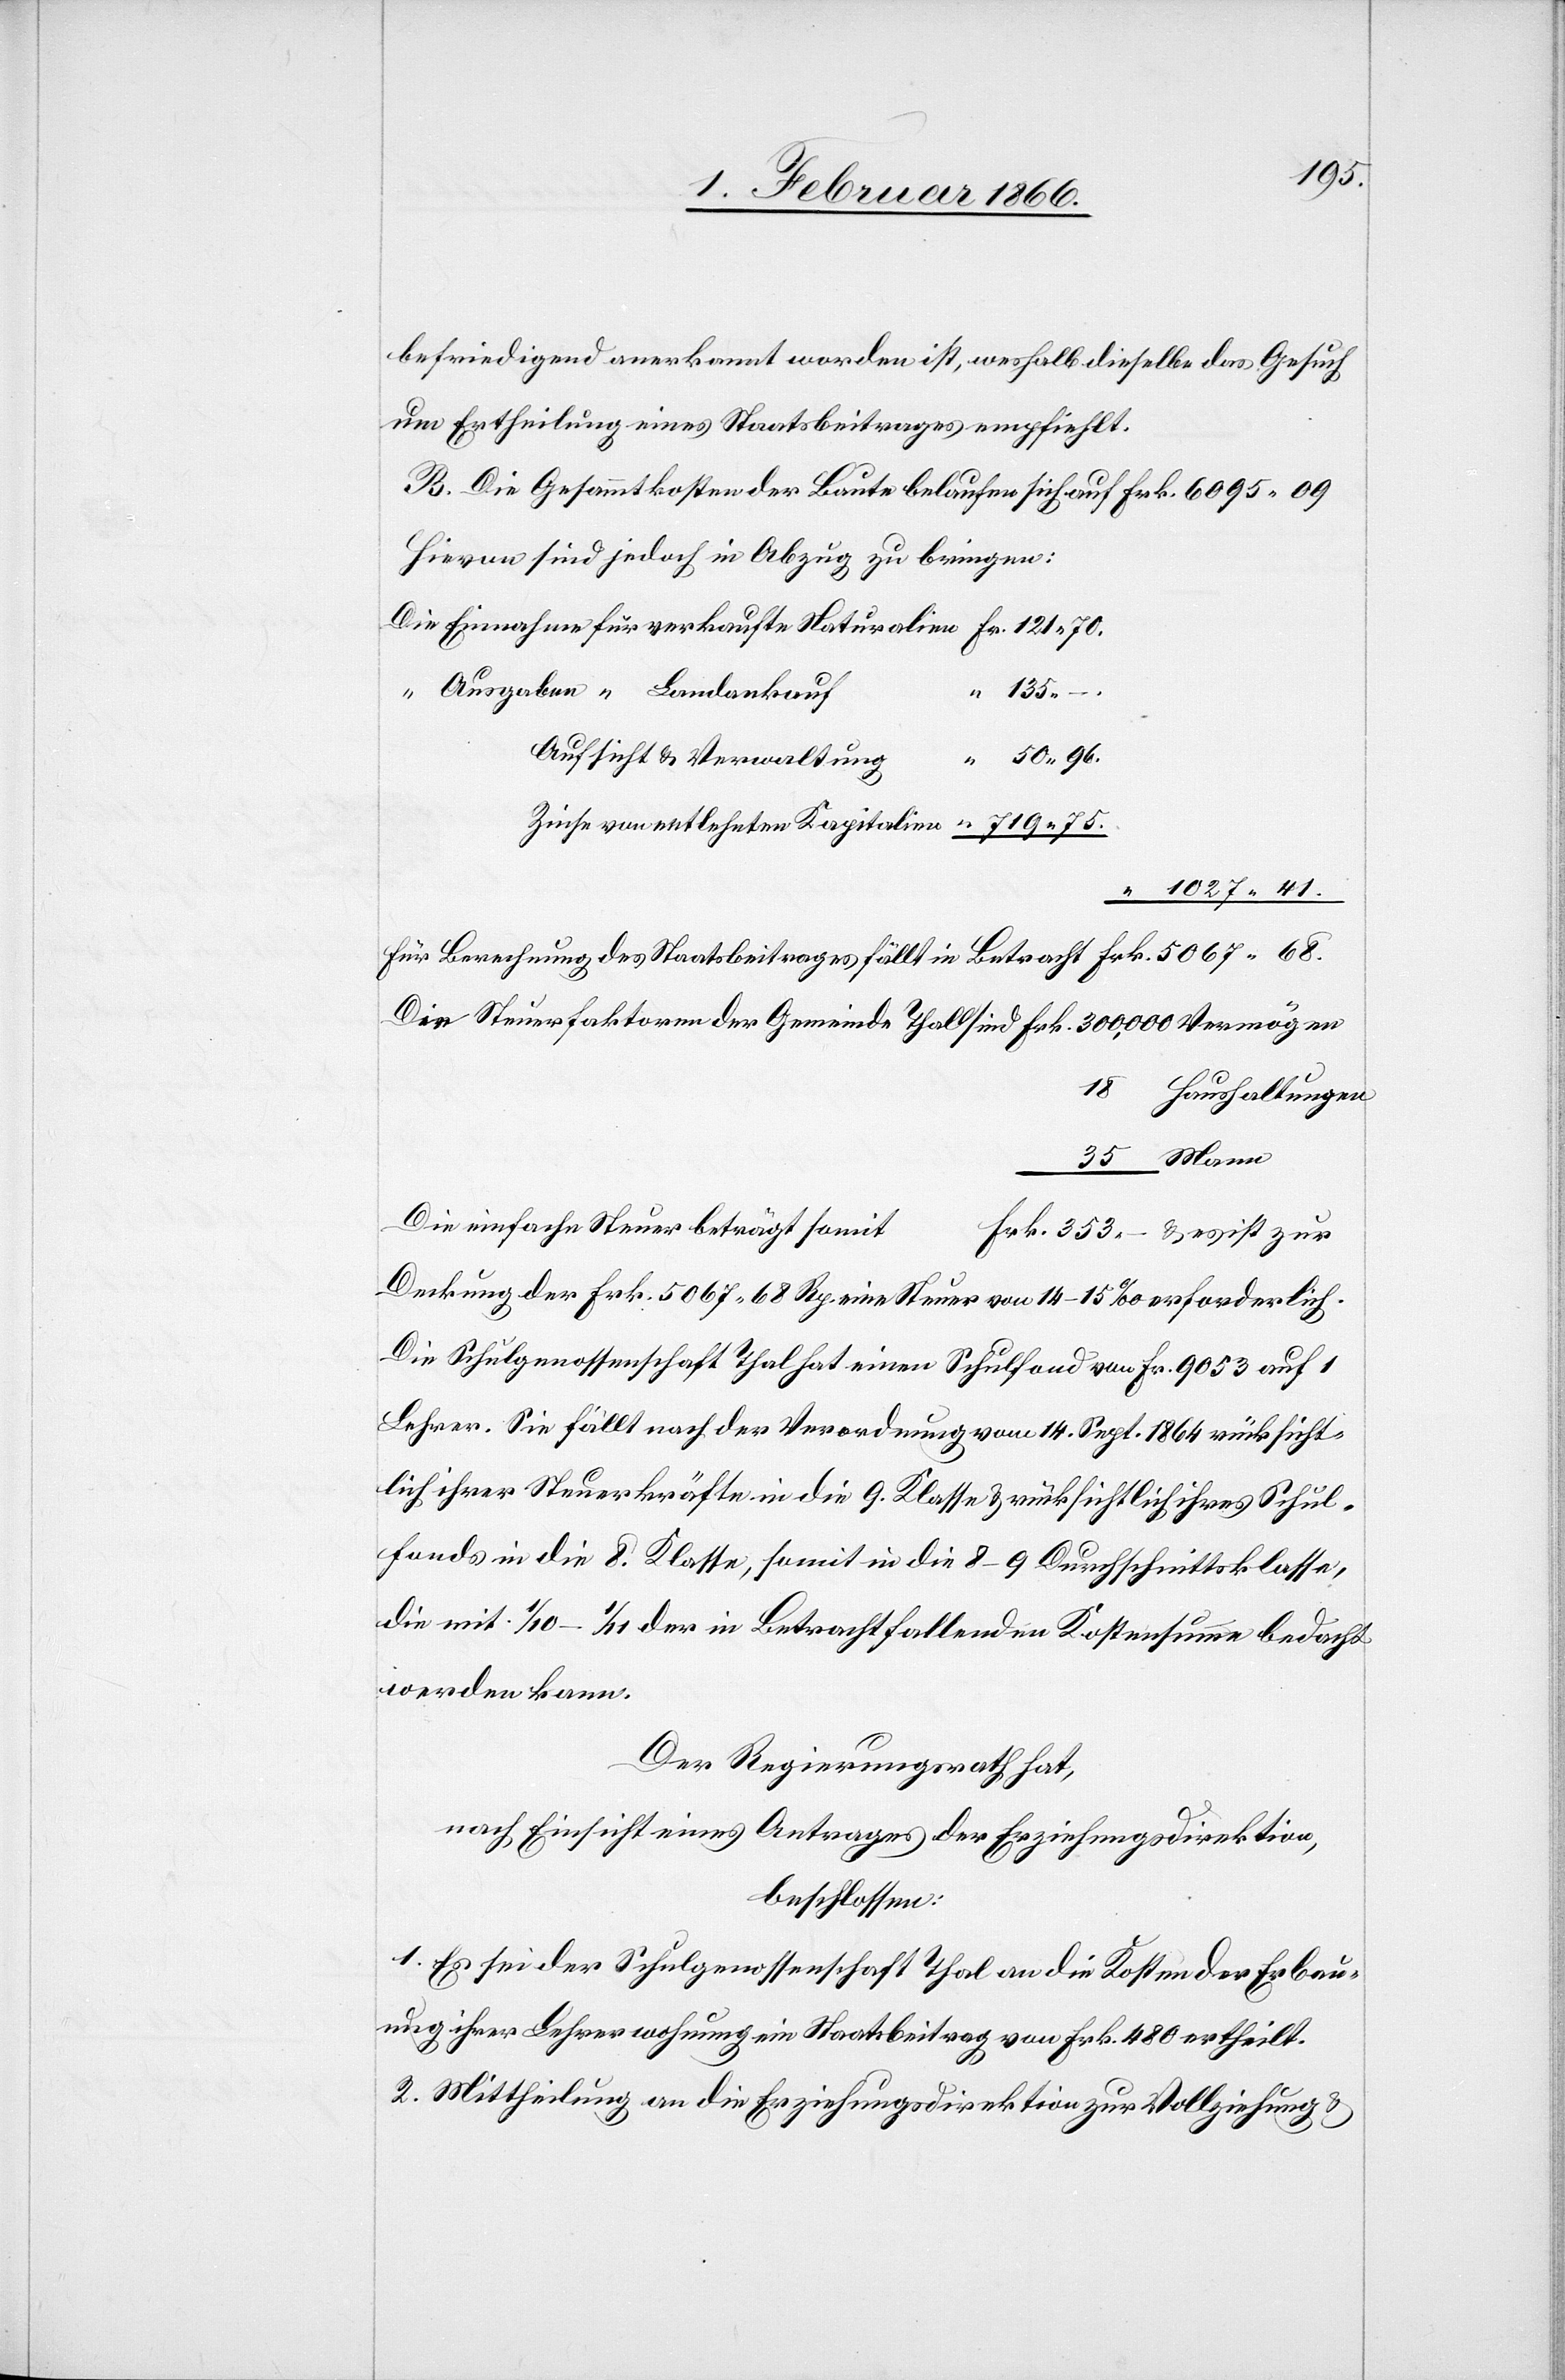
befriedigend anerkannt worden ist, weshalb dieselbe das Gesuch
um Ertheilung eines Staatsbeitrages empfiehlt.
B. Die Gesammtkosten der Baute belaufen sich auf Frk. 6095,09
Hievon sind jedoch in Abzug zu bringen:
Die Einnahmen für verkaufte Naturalien	Fr. 121,70.
“ Ausgaben “ Landankauf
130,–.
Aufsicht u. Verwaltung
5067,68.
Zinse von entlehnten Kapitalien	 “ 719,75.
Für Berechnung des Staatsbeitrages fällt in Betrach¬
Die Steuerfaktoren der Gemeinde Thal sind	Frk. 300 000 Vermögen
18		Haushaltungen
__35 Mann
Die einfache Steuer beträgt somi¬
t		Frk. 353,– u. es ist zur
Deckung der Fr. 5067,68 Rp. eine Steuer von 14–15 ‰ erforderlich.
Die Schulgenossenschaft Thal hat einen Schulfond von Frk. 9053 auf 1
Lehrer. Sie fällt nach der Verordnung vom 14. Sept. 1864 rücksicht¬
lich ihrer Steuerkräfte in die 9. Klasse u. rücksichtlich ihres Schul¬
fonds in die 8. Klasse, somit in die 8–9 Durchschnittsklasse,
die mit 1/10–1/11 der in Betracht fallenden Kostensumme bedacht
werden kann.
Der Regierungsrath hat,
nach Einsicht eines Antrages der Erziehungsdirektion,
beschlossen:
1. Es sei der Schulgenossenschaft Thal an die Kosten der Erbau¬
ung ihrer Lehrerwohnung ein Staatsbeitrag von Frk. 480 ertheilt.
2. Mittheilung an die Erziehungsdirektion zur Vollziehung u.